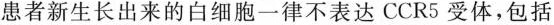
患者新生长出来的白细胞一律不表达CCR5受体，包括